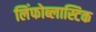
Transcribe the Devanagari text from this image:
लिंफोब्लास्टिक